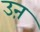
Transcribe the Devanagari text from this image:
उऩ